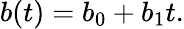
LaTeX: b(t)=b_{0}+b_{1}t.